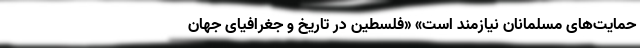
حمایت‌های مسلمانان نیازمند است» «فلسطین در تاریخ و جغرافیای جهان